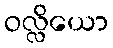
ဝလ္လိယော